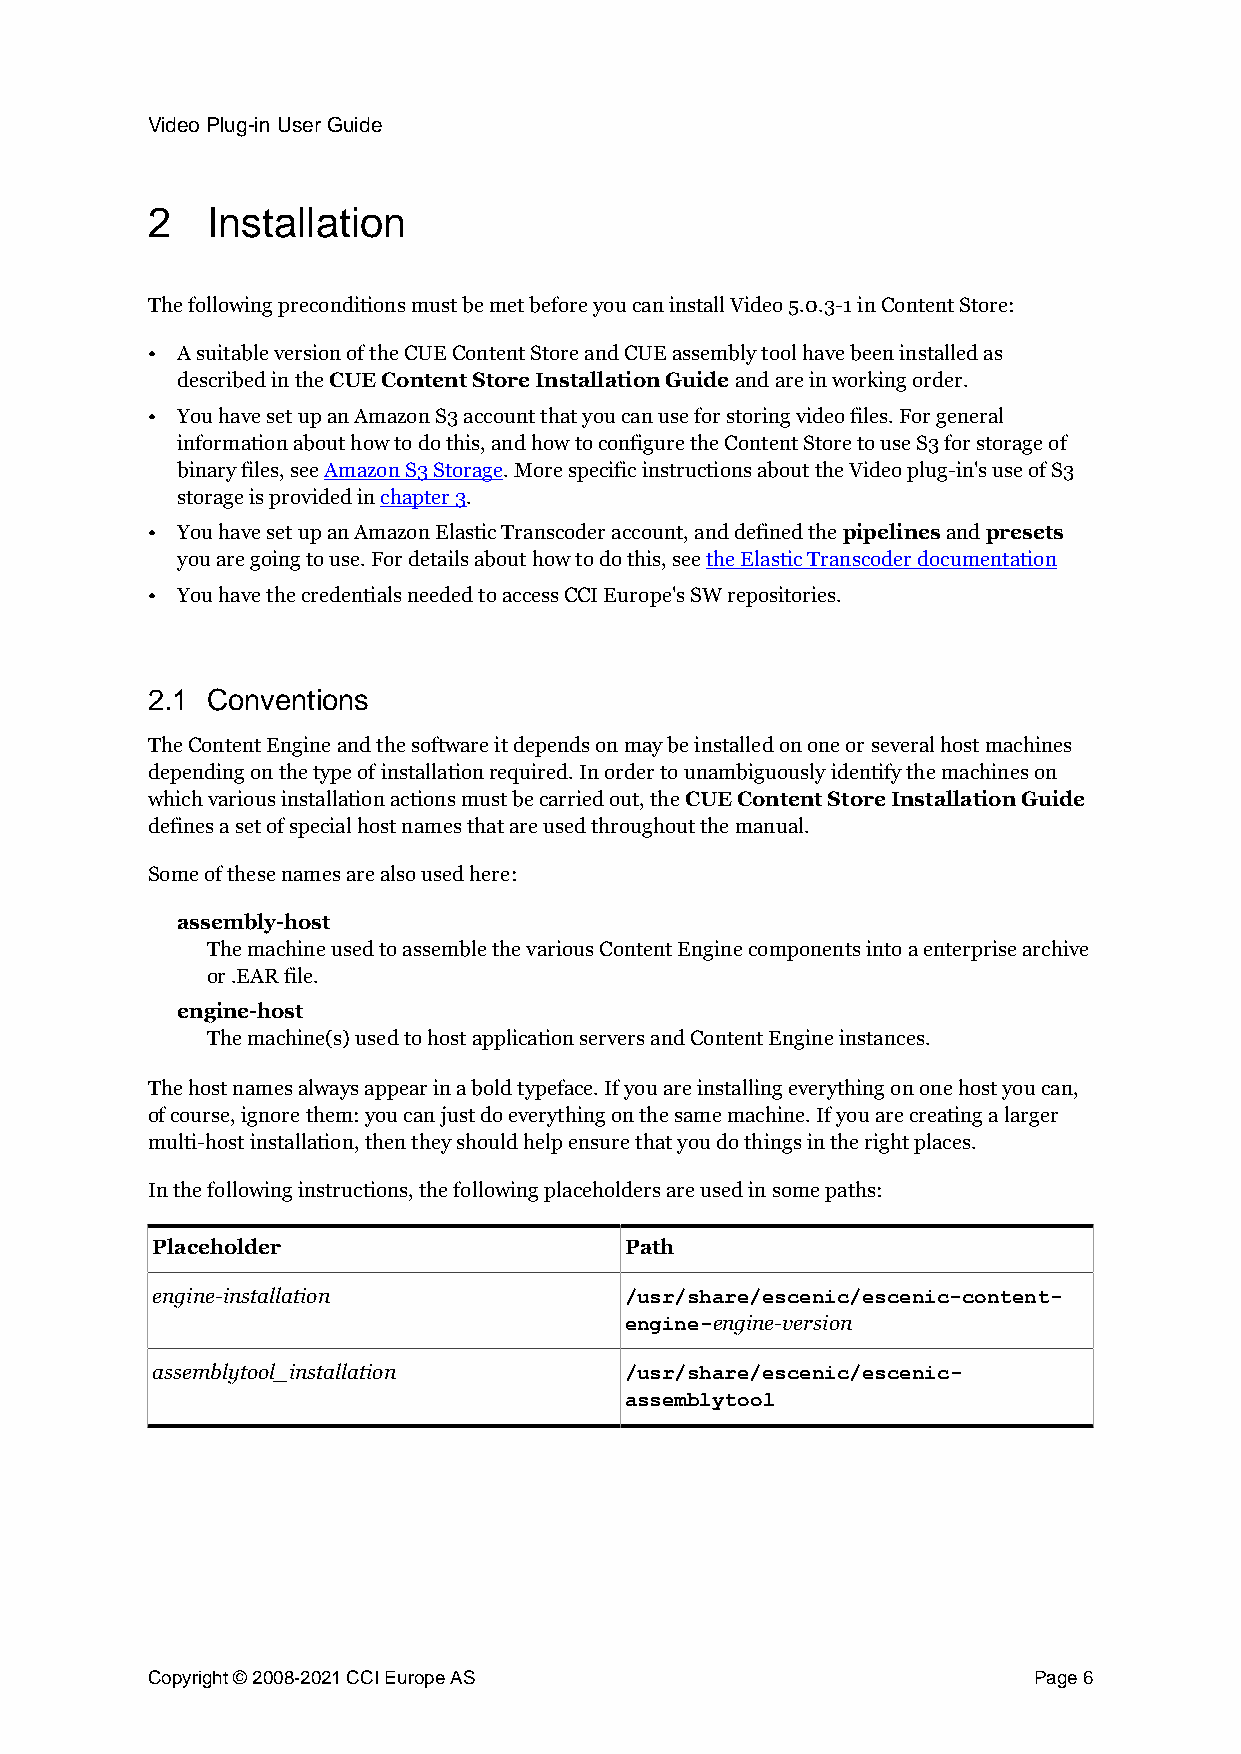
Video Plug-in User Guide
 2   Installation
 The following preconditions must be met before you can install Video 5.0.3-1 in Content Store:
 • A suitable version of the CUE Content Store and CUE assembly tool have been installed as
 described in the CUE Content Store Installation Guide and are in working order.
 • You have set up an Amazon S3 account that you can use for storing video files. For general
 information about how to do this, and how to configure the Content Store to use S3 for storage of
 binary files, see Amazon S3 Storage. More specific instructions about the Video plug-in's use of S3
 storage is provided in chapter 3.
 • You have set up an Amazon Elastic Transcoder account, and defined the pipelines and presets
 you are going to use. For details about how to do this, see the Elastic Transcoder documentation
 • You have the credentials needed to access CCI Europe's SW repositories.
 2.1 Conventions
 The Content Engine and the software it depends on may be installed on one or several host machines
 depending on the type of installation required. In order to unambiguously identify the machines on
 which various installation actions must be carried out, the CUE Content Store Installation Guide
 defines a set of special host names that are used throughout the manual.
 Some of these names are also used here:
 assembly-host
 The machine used to assemble the various Content Engine components into a enterprise archive
 or .EAR file.
 engine-host
 The machine(s) used to host application servers and Content Engine instances.
 The host names always appear in a bold typeface. If you are installing everything on one host you can,
 of course, ignore them: you can just do everything on the same machine. If you are creating a larger
 multi-host installation, then they should help ensure that you do things in the right places.
 In the following instructions, the following placeholders are used in some paths:
 Placeholder                    Path
 engine-installation
 /usr/share/escenic/escenic-content-
 engine-version
 engine-
 assemblytool_installation
 /usr/share/escenic/escenic-
 assemblytool
 Copyright © 2008-2021 CCI Europe AS                       Page 6